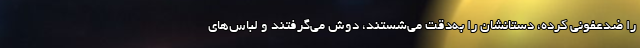
را ضدعفونی کرده، دستانشان را به‌دقت می‌شستند، دوش می‌گرفتند و لباس‌های